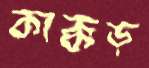
কাক্কড়